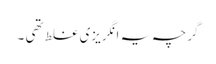
گرچہ یہ انگریزی غلط تھی ۔